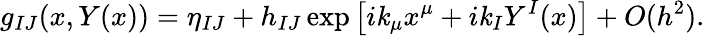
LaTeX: g_{IJ}(x,Y(x))=\eta_{IJ}+h_{IJ}\exp\left[i\mathit{k}_{\mu}x^{\mu}+i\mathit{k}_{I}Y^{I}(x)\right]+O(h^{2}).